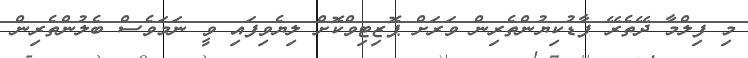
މި ފިލްމާ ދޭތެރޭ ފާޑުކިޔުންތެރިން ވަރަށް ޕޮޒިޓިވްކޮށް ލިޔެވިފައި ވީ ނަމަވެސް ބެލުންތެރިން